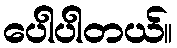
ပေါပါတယ်။